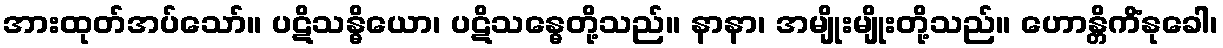
အားထုတ်အပ်သော်။ ပဋိသန္ဓိယော၊ ပဋိသန္ဓေတို့သည်။ နာနာ၊ အမျိုးမျိုးတို့သည်။ ဟောန္တိကိံနုခေါ၊